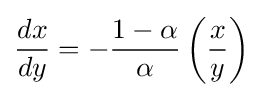
{\frac {dx}{dy}}=-{\frac {1-\alpha }{\alpha }}\left({\frac {x}{y}}\right)